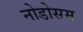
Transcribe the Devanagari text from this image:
नोडोसम